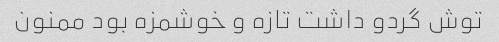
توش گردو داشت تازه و خوشمزه بود ممنون